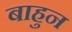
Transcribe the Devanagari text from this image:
बाहुन